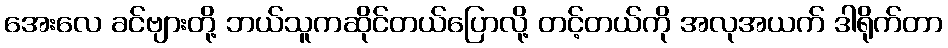
အေးလေ ခင်ဗျားတို့ ဘယ်သူကဆိုင်တယ်ပြောလို့ တင့်တယ်ကို အလုအယက် ဒါရိုက်တာ